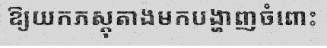
ឱ្យយកភស្តុតាងមកបង្ហាញចំពោះ